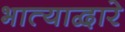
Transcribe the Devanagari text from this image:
भात्याद्वारे